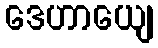
ဒေဟာယျေ